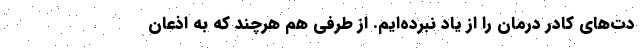
دت‌های کادر درمان را از یاد نبرده‌ایم. از طرفی هم هرچند که به اذعان